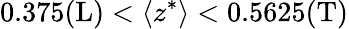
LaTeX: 0.375\mathrm{(L)}<\langle z^{\ast}\rangle<0.5625\mathrm{(T)}